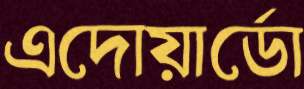
এদোয়ার্ডো